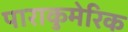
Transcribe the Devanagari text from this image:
पाराकुमेरिक